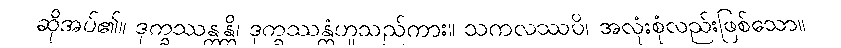
ဆိုအပ်၏။ ဒုက္ခဿန္တန္တိ၊ ဒုက္ခဿန္တံဟူသည်ကား။ သကလဿပိ၊ အလုံးစုံလည်းဖြစ်သော။